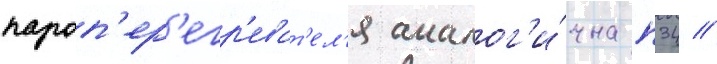
пароп'ер'егр'еват'ел'я аналог'и́чна п34 //